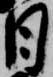
日